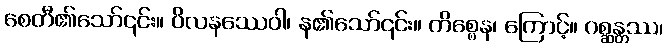
စေတီ၏သော်၎င်း။ ဝိလနဿေဝါ၊ န၏သော်၎င်း။ ကိစ္စေန၊ ကြောင့်။ ဂစ္ဆန္တဿ၊